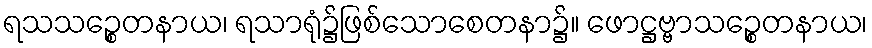
ရသသဉ္စေတနာယ၊ ရသာရုံ၌ဖြစ်သောစေတနာ၌။ ဖောဋ္ဌဗ္ဗာသဉ္စေတနာယ၊